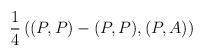
LaTeX: \begin{align*}\frac 1 4 \left( (P,P)-(P,P), (P,A) \right)\end{align*}